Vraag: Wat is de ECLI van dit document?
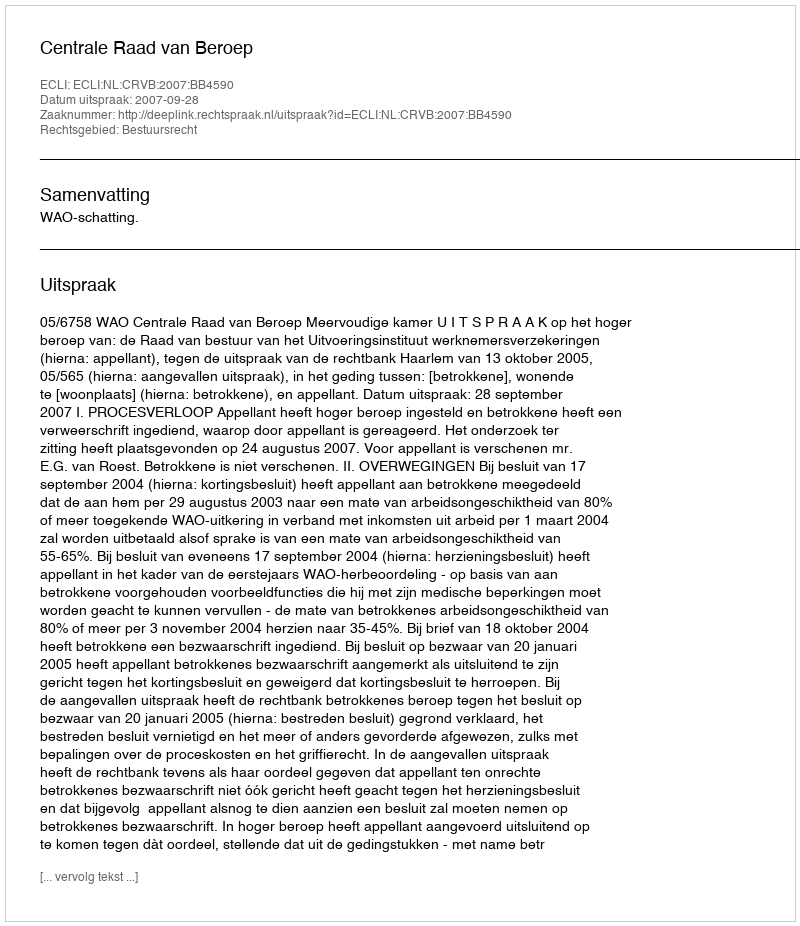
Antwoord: ECLI:NL:CRVB:2007:BB4590